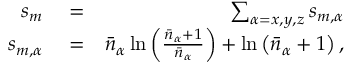
\begin{array} { r l r } { s _ { m } } & { { } = } & { \sum _ { \alpha = x , y , z } s _ { m , \alpha } } \\ { s _ { m , \alpha } } & { { } = } & { \bar { n } _ { \alpha } \ln \left( \frac { \bar { n } _ { \alpha } + 1 } { \bar { n } _ { \alpha } } \right) + \ln \left( \bar { n } _ { \alpha } + 1 \right) , } \end{array}